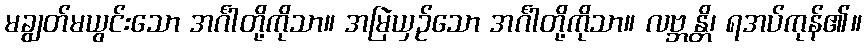
မချွတ်မယွင်းသော အင်္ဂါတို့ကိုသာ။ အမြဲယှဉ်သော အင်္ဂါတို့ကိုသာ။ လဗ္ဘန္တိ၊ ရအပ်ကုန်၏။